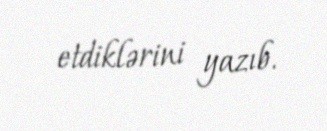
etdiklərini yazıb.